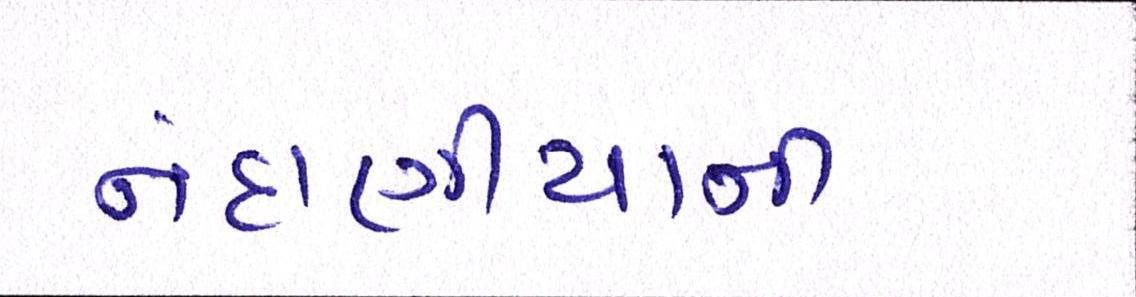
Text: નંદાણીયાની